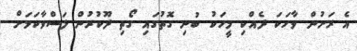
އެ ރަށުން ވާހަކަ ދެއްކި މީހަކު ބުނި ގޮތުގައި ގޯތި ދޫކުރުން ލަސްވާކަމަށް